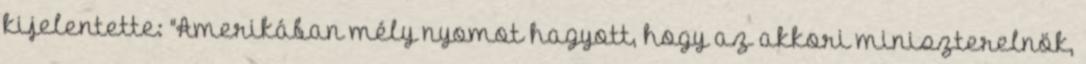
kijelentette: "Amerikában mély nyomot hagyott, hogy az akkori miniszterelnök,